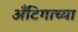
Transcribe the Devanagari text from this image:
अँटिगाच्या